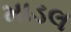
માડલ